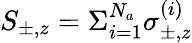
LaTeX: S_{\pm,z}=\Sigma_{i=1}^{N_{a}}\sigma_{\pm,z}^{(i)}